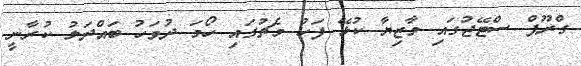
ގްރޫޕް ސްޓޭޖުގައި މާޒިޔާ ކުޅޭ ފަހު މެޗުގައި ހޯމަ ދުވަހު ބައްދަލު ކުރާނީ